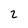
Character: 2